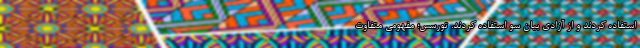
استفاده کردند و از آزادی بیان سو استفاده کردند. تورسس؛ مفهومی متفاوت